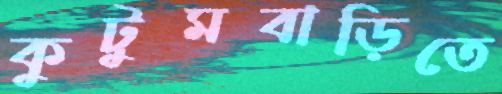
কুটুমবাড়িতে